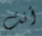
أنت